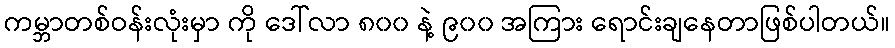
ကမ္ဘာတစ်ဝန်းလုံးမှာ ကို ဒေါ်လာ ၈၀၀ နဲ့ ၉၀၀ အကြား ရောင်းချနေတာဖြစ်ပါတယ်။